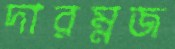
দারম্নজ